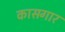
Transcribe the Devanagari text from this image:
कासगार